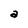
Character: a